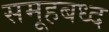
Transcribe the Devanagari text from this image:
समूहबध्द